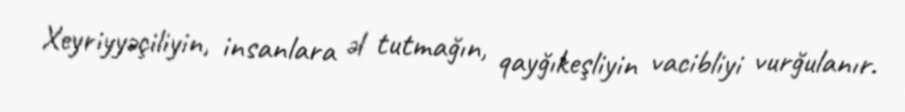
Xeyriyyəçiliyin, insanlara əl tutmağın, qayğıkeşliyin vacibliyi vurğulanır.